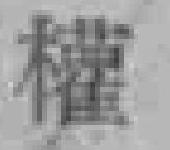
權